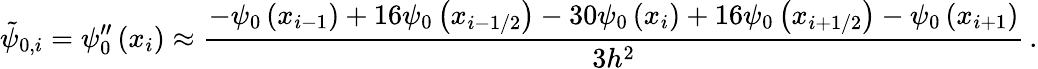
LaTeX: \tilde{\psi}_{0,i}={\psi}_{0}^{\prime\prime}\left({x}_{i}\right)\approx\frac{-{\psi}_{0}\left({x}_{i-1}\right)+{16}{\psi}_{0}\left({x}_{i-1/2}\right)-{30}{\psi}_{0}\left({x}_{i}\right)+{16}{\psi}_{0}\left({x}_{i+1/2}\right)-{\psi}_{0}\left({x}_{i+1}\right)}{{3}{h}^{2}}\, .